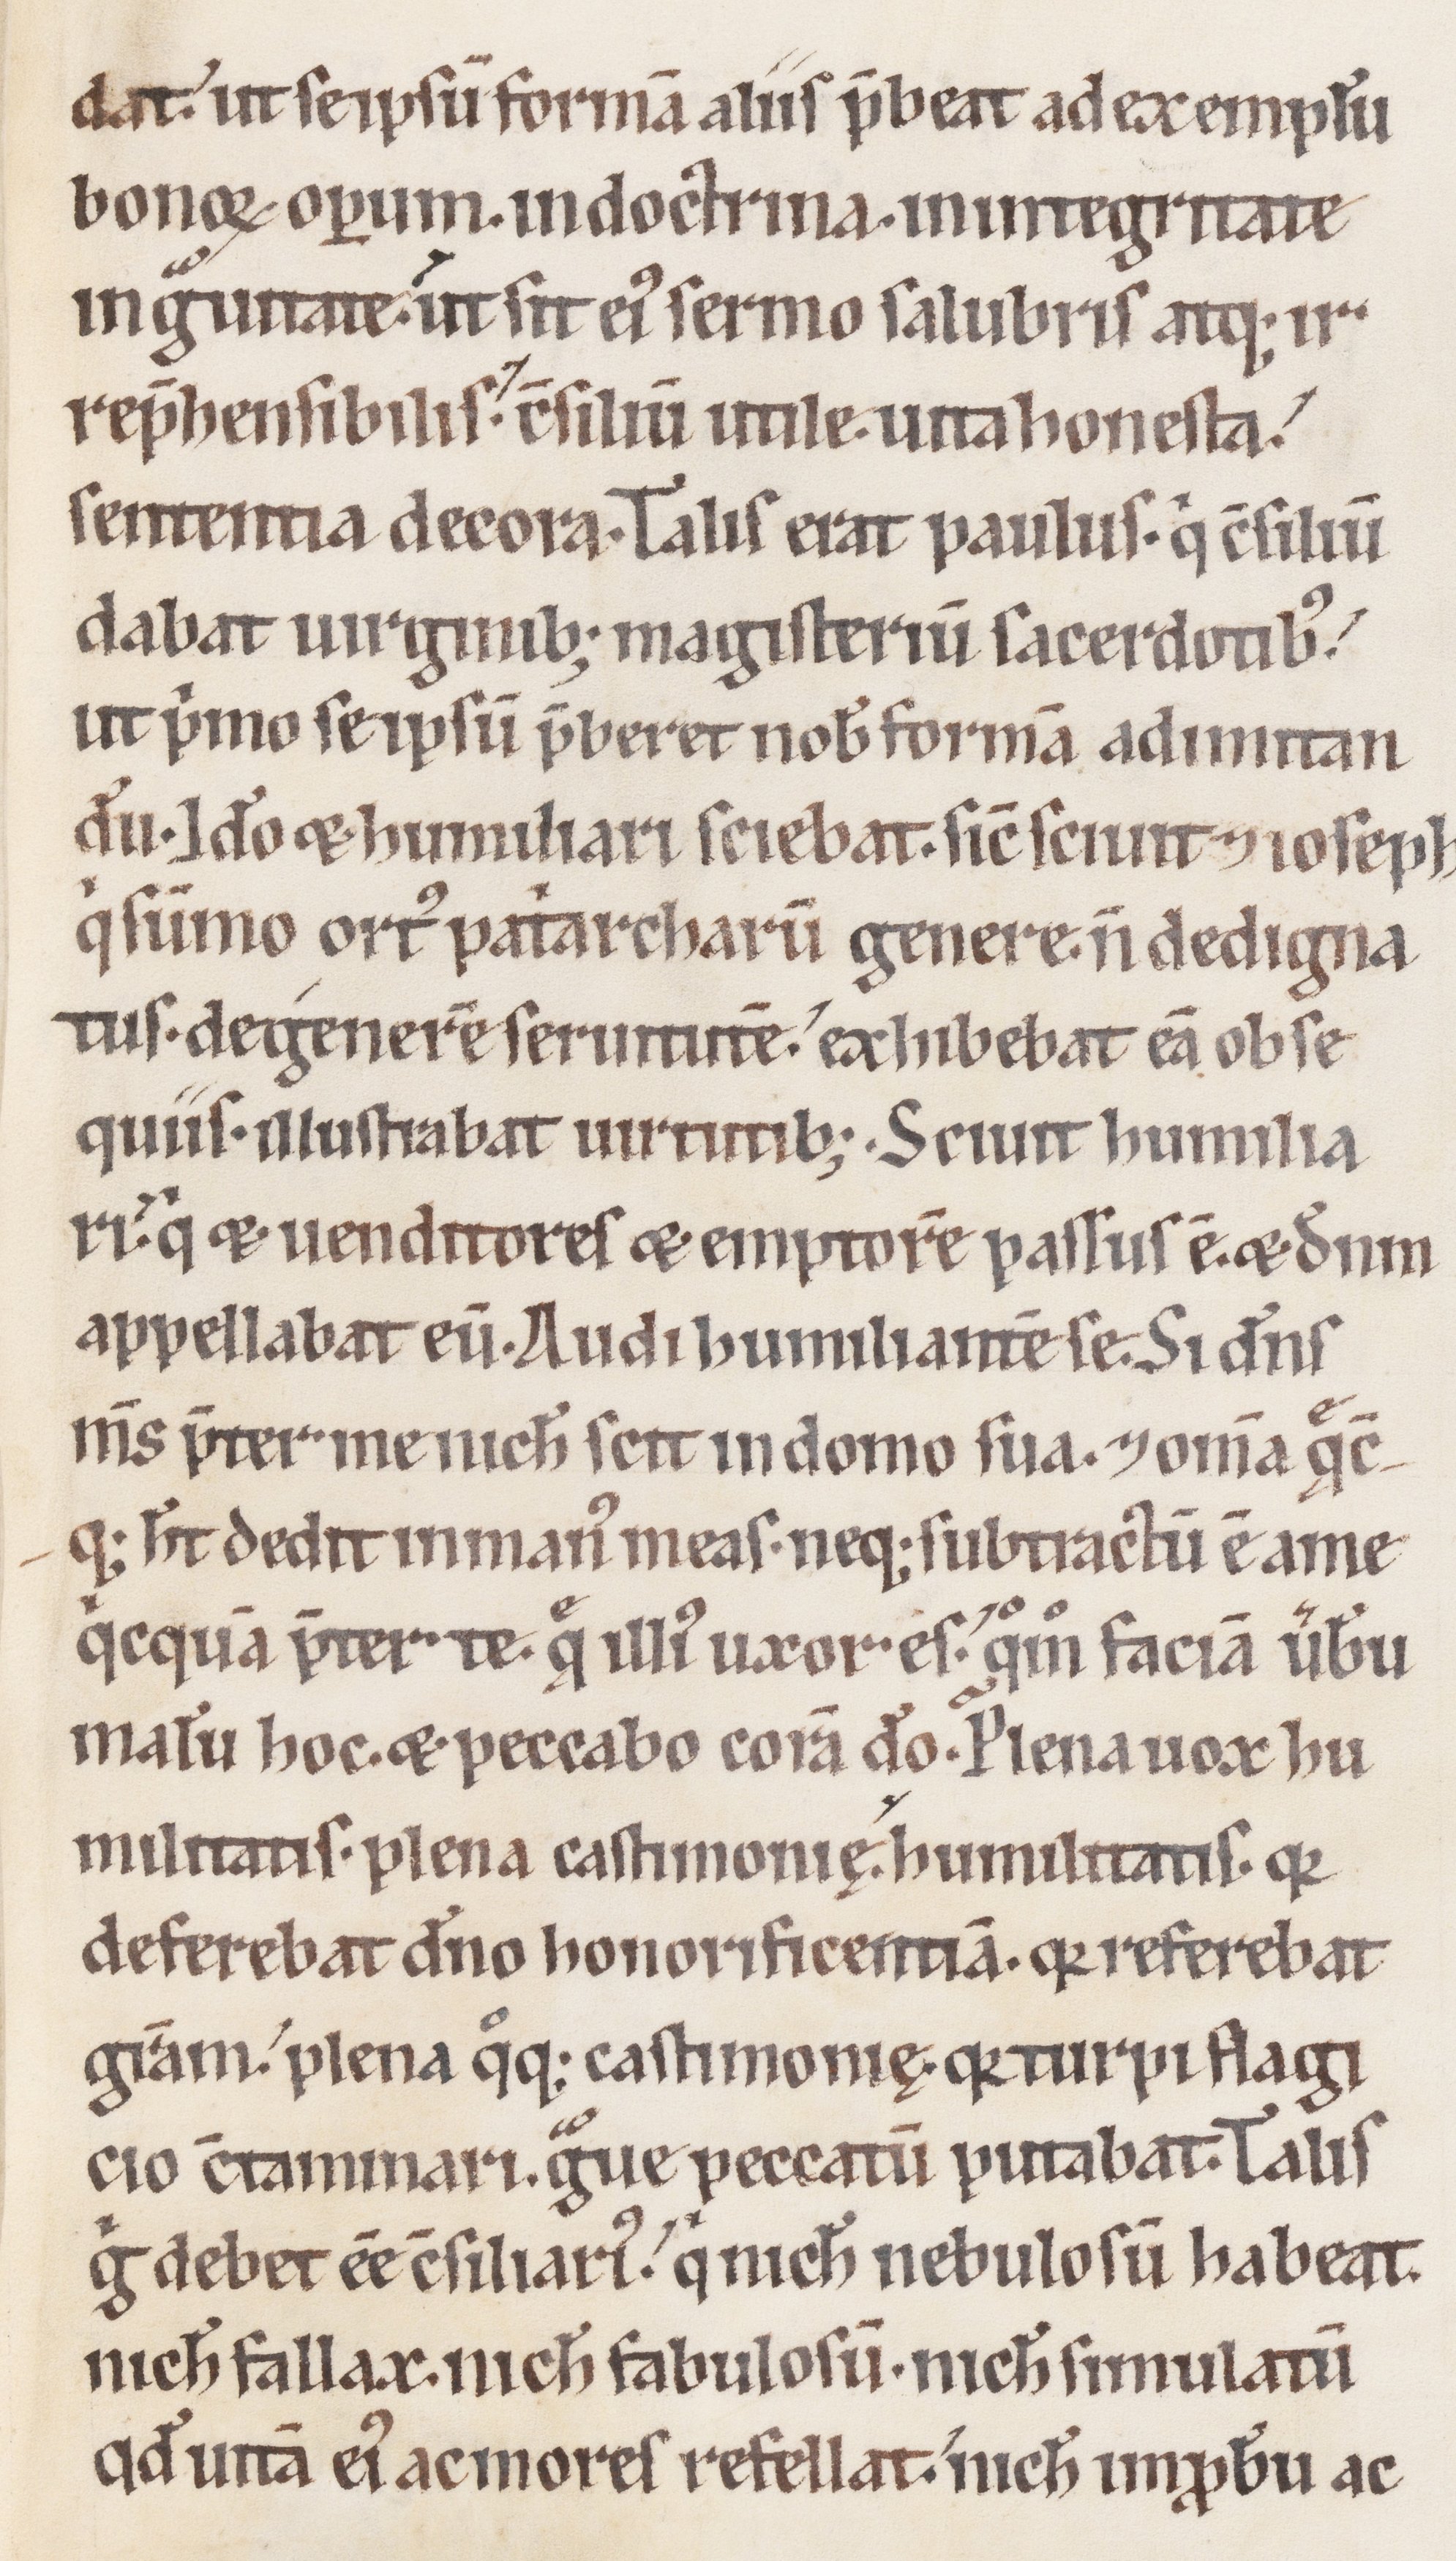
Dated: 1100–1199